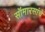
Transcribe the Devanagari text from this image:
सॉमारसांचे